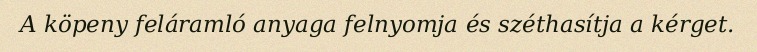
A köpeny feláramló anyaga felnyomja és széthasítja a kérget.